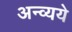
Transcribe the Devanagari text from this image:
अन्व्यये